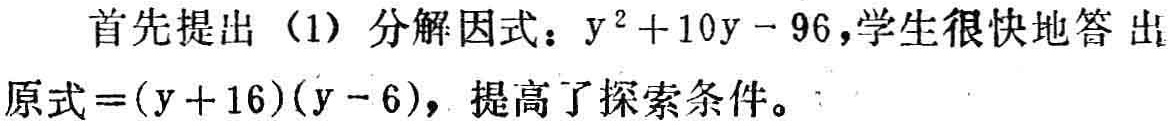
首先提出（1）分解因式：\(y^{2}+10y - 96\)，学生很快地答出原式\(=(y + 16)(y - 6)\)，提高了探索条件。